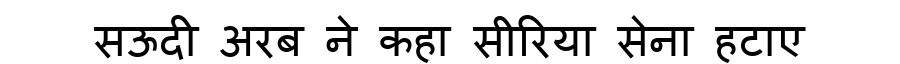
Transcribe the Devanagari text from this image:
सऊदी अरब ने कहा सीरिया सेना हटाए